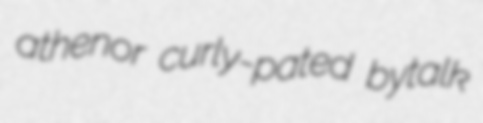
athenor curly-pated bytalk